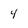
Character: 4